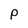
Character: p